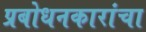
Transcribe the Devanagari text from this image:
प्रबोधनकारांचा